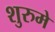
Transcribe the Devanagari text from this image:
शुरुमे